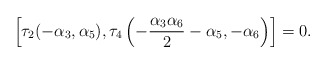
\begin{align*}\left[\tau_2(-\alpha_3,\alpha_5),\tau_{4}\left(-\frac{\alpha_{3}\alpha_{6}}{2}-\alpha_{5},-\alpha_{6}\right)\right] = 0.\end{align*}